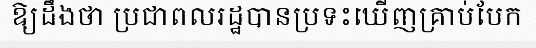
ឱ្យដឹងថា ប្រជាពលរដ្ឋបានប្រទះឃើញគ្រាប់បែក